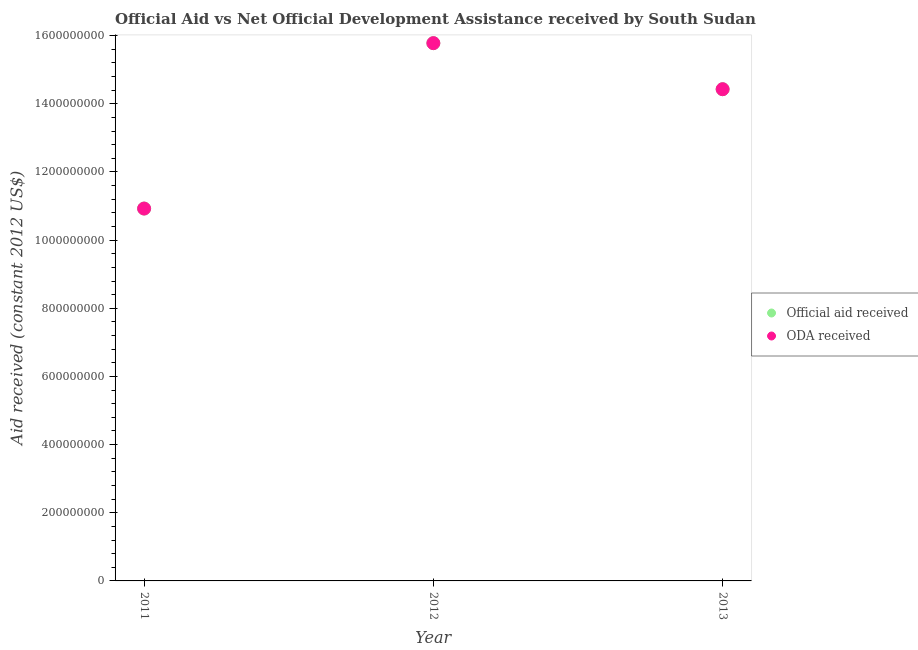
| Year | Official aid received | ODA received |
 | --- | --- | --- |
 | 2011 | 1.09e+09 | 1.09e+09 |
 | 2012 | 1.58e+09 | 1.58e+09 |
 | 2013 | 1.44e+09 | 1.44e+09 |